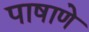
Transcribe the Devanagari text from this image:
पाषाणे